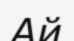
Ай